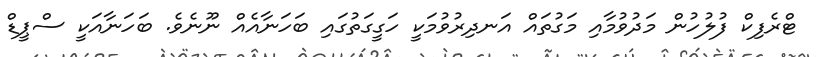
ޓްރެފިކް ފުލުހުން މަދުވުމާއި މަގުތައް އަނދިރުވުމަކީ ހަގީގަތުގައި ބަހަނާއެއް ނޫނެވެ. ބަހަނާއަކީ ސްޕީޑް